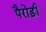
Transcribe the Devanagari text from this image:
पैरोड़ी